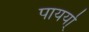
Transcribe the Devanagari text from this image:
पायर्या्